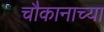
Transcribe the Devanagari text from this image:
चौकानाच्या